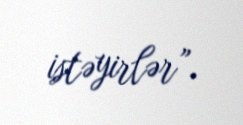
istəyirlər”.